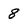
Character: 8